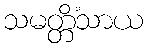
သမတ္တိံသာယ